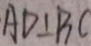
A D \bot B C